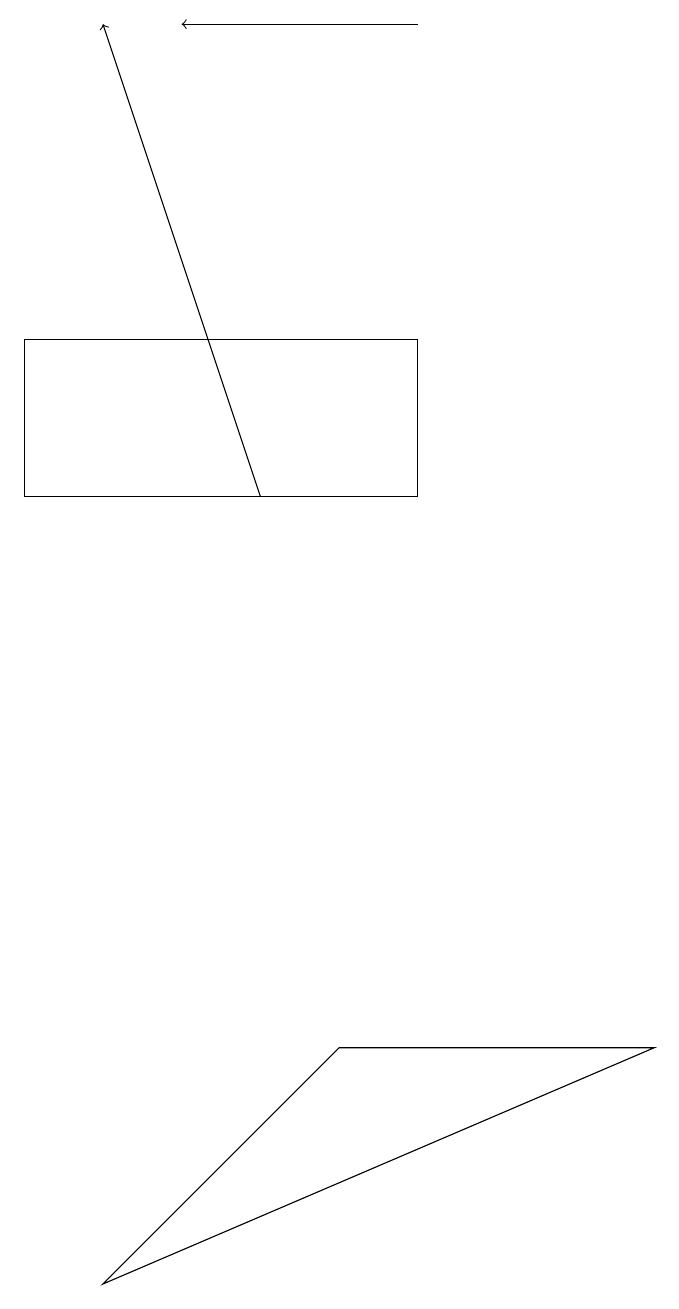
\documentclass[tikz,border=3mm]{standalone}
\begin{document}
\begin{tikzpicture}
\draw[->] (6,17) -- (3,17);
\draw (2,1) -- (9,4) -- (5,4) -- cycle;
\draw (6,11) rectangle (1,13);
\draw[->] (4,11) -- (2,17);
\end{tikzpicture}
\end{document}